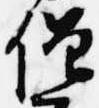
僧